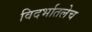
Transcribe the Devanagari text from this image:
विदर्भातलेच